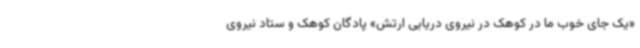
«یک جای خوب ما در کوهک در نیروی دریایی ارتش» پادگان کوهک و ستاد نیروی